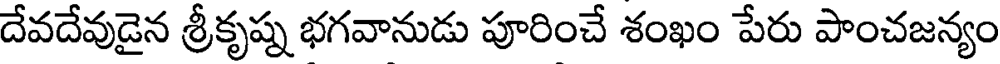
దేవదేవుడైన శ్రీకృష్న భగవానుడు పూరించే శంఖం పేరు పాంచజన్యం